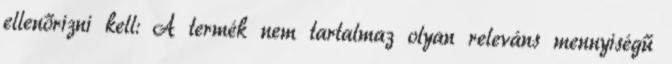
ellenőrizni kell: A termék nem tartalmaz olyan releváns mennyiségű